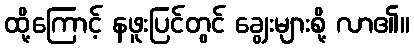
ထို့ကြောင့် နဖူးပြင်တွင် ချွေးများစို့ လာ၏။